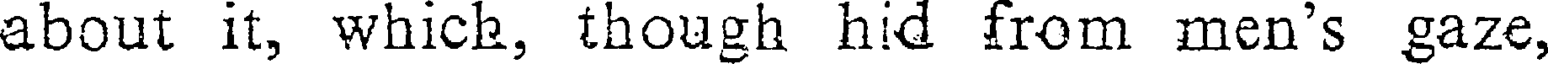
about it, which, though hid from men's gaze,